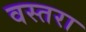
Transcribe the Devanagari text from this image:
वस्तरा